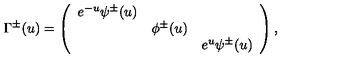
\Gamma ^ { \pm } ( u ) = \left( \begin{array} { c c c } { e ^ { - u } \psi ^ { \pm } ( u ) } & { } & { } \\ { } & { \phi ^ { \pm } ( u ) } & { } \\ { } & { } & { e ^ { u } \psi ^ { \pm } ( u ) } \\ \end{array} \right) ,